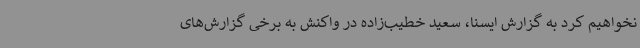
نخواهیم کرد به گزارش ایسنا، سعید خطیب‌زاده در واکنش به برخی گزارش‌های